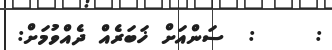
:     :  ސަންއަށް ޚަބަރެއް ދެއްވުމަށް: